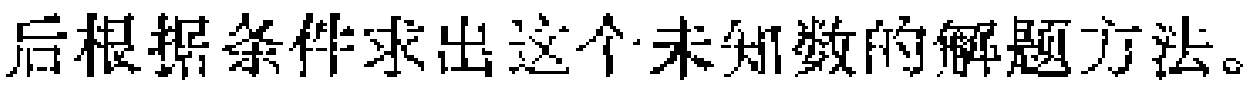
后根据条件求出这个未知数的解题方法。